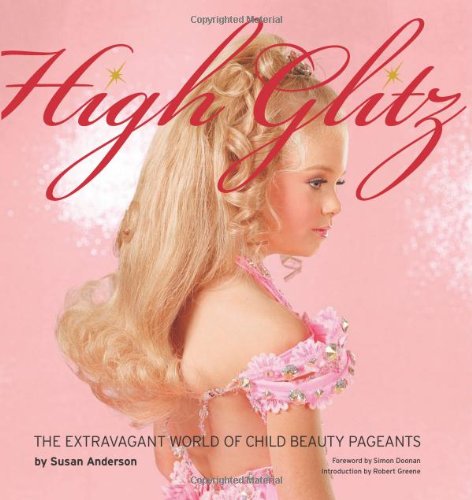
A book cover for High Glitz: The Extravagant World of Child Beauty Pageants; Susan Anderson; Arts & Photography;